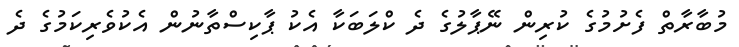
މުބާރާތް ފެށުމުގެ ކުރިން ނޭޕާލުގެ ދެ ކްލަބަކާ އެކު ޕާކިސްތާނުން އެކުވެރިކަމުގެ ދެ